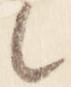
々